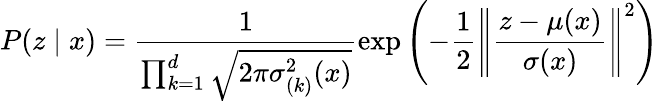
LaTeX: P(z\mid x)=\frac{1}{\prod_{k=1}^{d}\sqrt{2\pi{\sigma}_{(k)}^{2}(x)}}\exp\left(-\frac{1}{2}\left\| \frac{z-{\mu}(x)}{{\sigma}(x)}\right\| ^{2}\right)